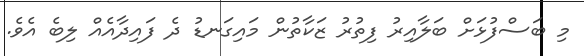
މި ބަސްފުޅަށް ބަލާއިރު ފިތުރު ޒަކާތުން މައިގަނޑު ދެ ފައިދާއެއް ލިބެ އެވެ.